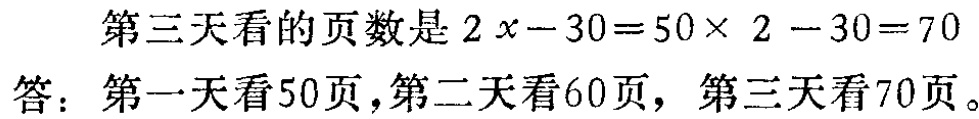
第三天看的页数是 \(2x - 30 = 50\times 2 - 30 = 70\)

答：第一天看50页，第二天看60页，第三天看70页。